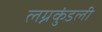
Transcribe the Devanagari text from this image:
लग्नकुंडली